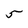
Character: 5